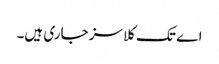
اے تک کلاسز جاری ہیں۔